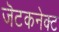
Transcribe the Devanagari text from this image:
जॆटकनेक्ट